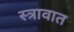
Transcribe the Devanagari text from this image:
स्त्रावात